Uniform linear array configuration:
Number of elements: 48
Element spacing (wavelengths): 1
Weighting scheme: hamming
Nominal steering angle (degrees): -15
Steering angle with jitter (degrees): -15.119
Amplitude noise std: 0.05
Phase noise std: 0.05

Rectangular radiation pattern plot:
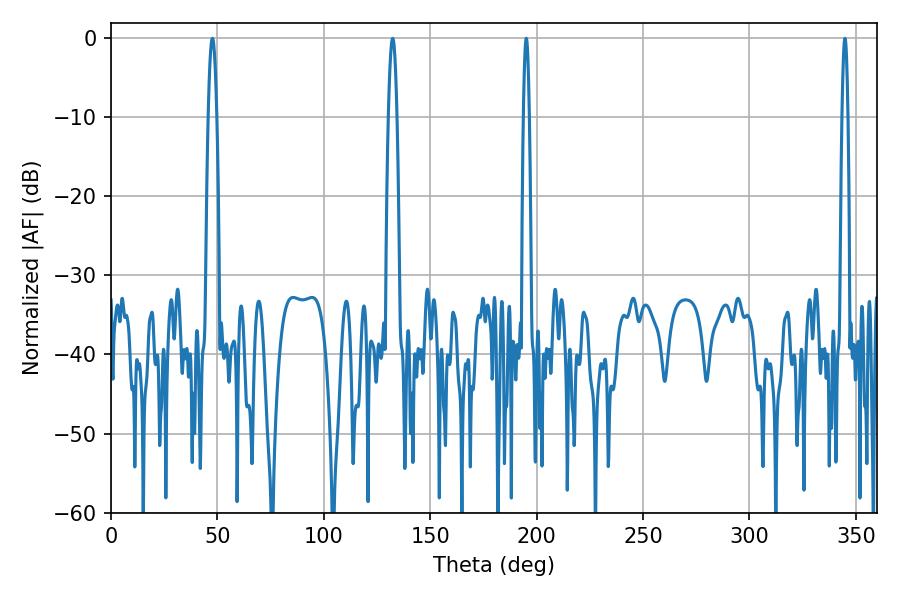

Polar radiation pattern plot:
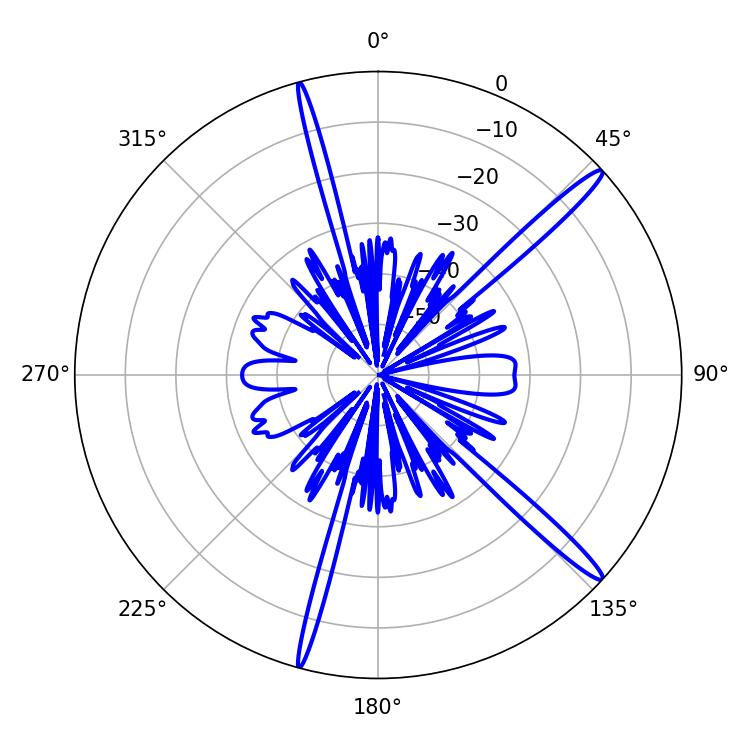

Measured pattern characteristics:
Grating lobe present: TRUE
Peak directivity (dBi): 16.256
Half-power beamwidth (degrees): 1.44
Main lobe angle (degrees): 195.12